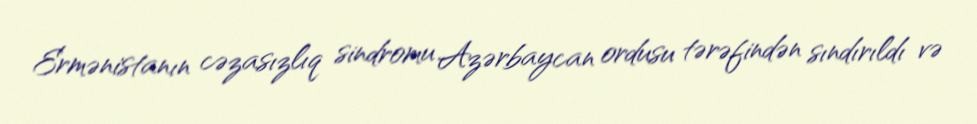
Ermənistanın cəzasızlıq sindromu Azərbaycan ordusu tərəfindən sındırıldı və